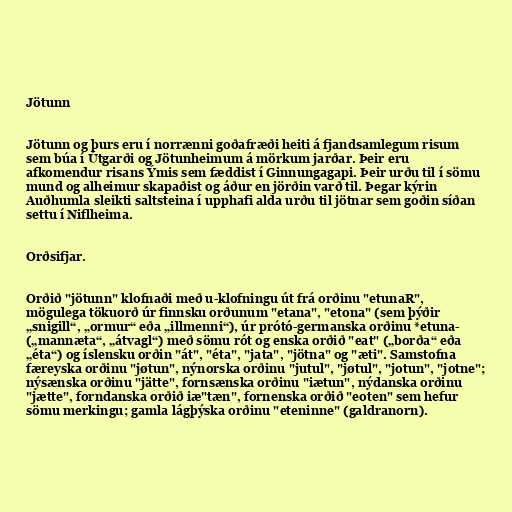
Jötunn

Jötunn og þurs eru í norrænni goðafræði heiti á fjandsamlegum risum
sem búa í Útgarði og Jötunheimum á mörkum jarðar. Þeir eru
afkomendur risans Ýmis sem fæddist í Ginnungagapi. Þeir urðu til í sömu
mund og alheimur skapaðist og áður en jörðin varð til. Þegar kýrin
Auðhumla sleikti saltsteina í upphafi alda urðu til jötnar sem goðin síðan
settu í Niflheima.

Orðsifjar.

Orðið "jötunn" klofnaði með u-klofningu út frá orðinu "etunaR",
mögulega tökuorð úr finnsku orðunum "etana", "etona" (sem þýðir
„snigill“, „ormur“ eða „illmenni“), úr prótó-germanska orðinu *etuna-
(„mannæta“, „átvagl“) með sömu rót og enska orðið "eat" („borða“ eða
„éta“) og íslensku orðin "át", "éta", "jata", "jötna" og "æti". Samstofna
færeyska orðinu "jøtun", nýnorska orðinu "jutul", "jøtul", "jotun", "jotne";
nýsænska orðinu "jätte", fornsænska orðinu "iætun", nýdanska orðinu
"jætte", forndanska orðið iæ"tæn", fornenska orðið "eoten" sem hefur
sömu merkingu; gamla lágþýska orðinu "eteninne" (galdranorn).